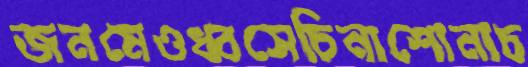
জনমেওধ্বসেচিনাশোনাচ